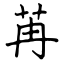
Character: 苒